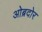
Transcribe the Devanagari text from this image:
ओब्रदोर